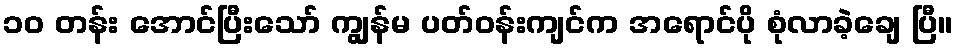
၁၀ တန်း အောင်ပြီးသော် ကျွန်မ ပတ်ဝန်းကျင်က အရောင်ပို စုံလာခဲ့ချေ ပြီ။